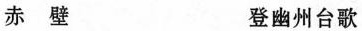
赤壁 登幽州台歌